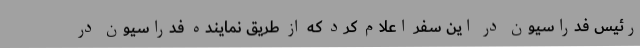
رئیس فدراسیون در این سفر اعلام کرد که از طریق نماینده فدراسیون در